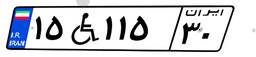
۱۵W۱۱۵۳۰